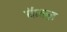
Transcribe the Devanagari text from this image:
कॅल्ज़